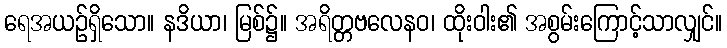
ရေအယဉ်ရှိသော။ နဒိယာ၊ မြစ်၌။ အရိတ္တဗလေနဝ၊ ထိုးဝါး၏ အစွမ်းကြောင့်သာလျှင်။